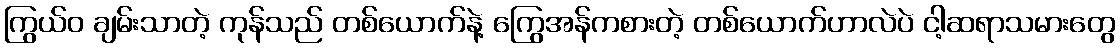
ကြွယ်ဝ ချမ်းသာတဲ့ ကုန်သည် တစ်ယောက်နဲ့ ကြွေအန်ကစားတဲ့ တစ်ယောက်ဟာလဲပဲ ငါ့ဆရာသမားတွေ